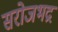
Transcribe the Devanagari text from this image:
सरोजभद्र